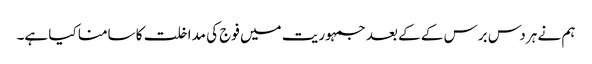
ہم نے ہر دس برس کے کے بعد جمہوریت میں فوج کی مداخلت کا سامنا کیا ہے۔